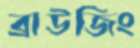
ব্রাউজিং